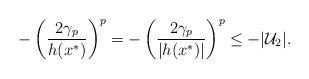
LaTeX: \begin{align*}-\left(\frac{2\gamma_p}{h(x^*)}\right)^p = -\left(\frac{2\gamma_p}{|h(x^*)|}\right)^p\leq -|\mathcal{U}_2|.\end{align*}